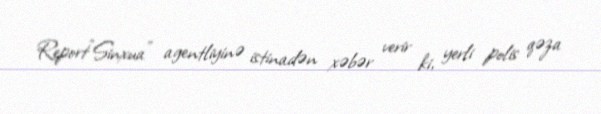
Report"Sinxua" agentliyinə istinadən xəbər verir ki, yerli polis qəza